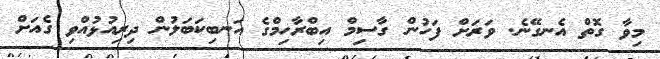
މިވާ ގޮތް އެނގޭނެ. ވަރަށް ފަހުން ގާސިމް އިބްރާހިމްގެ އަނބިކަބަލުން ދިރިއުޅުއްވި ގެއަށް